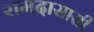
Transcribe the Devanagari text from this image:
रामदासासी